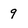
Character: 9